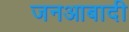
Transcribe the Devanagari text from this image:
जनआबादी